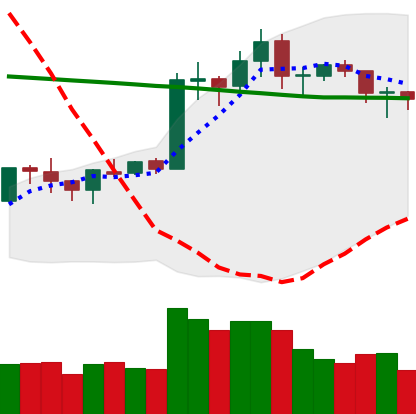
Ticker: ETH-USD
Chart end date: 2020-01-25
Forward return: 14.513%
Label: up_7plus